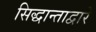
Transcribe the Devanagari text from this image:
सिद्धान्ताद्वारे